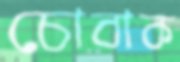
চোবাক